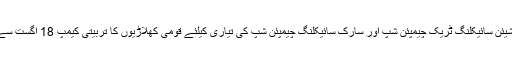
2016ء) پاکستان سائیکلنگ فیڈریشن کے زیر اہتمام ایشیئن سائیکلنگ ٹریک چیمپئن شپ اور سارک سائیکلنگ چیمپئن شپ کی تیاری کیلئے قومی کھلاڑیوں کا تربیتی کیمپ 18 اگست سے پاکستان سپورٹس کمپلیکس اسلام آباد میں شروع ہوگا۔